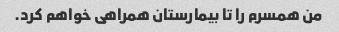
من همسرم را تا بیمارستان همراهی خواهم کرد.